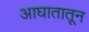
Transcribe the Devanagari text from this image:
आघातातून